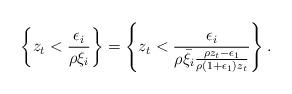
LaTeX: \begin{align*}\left\{z_t<\frac{\epsilon_i}{\rho\xi_i}\right\} &= \left\{z_t<\frac{\epsilon_i}{\rho\bar{\xi}_i \frac{ \rho z_t -\epsilon_1}{\rho (1+\epsilon_1)z_t } }\right\} .\end{align*}